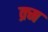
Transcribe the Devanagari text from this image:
क्र्म